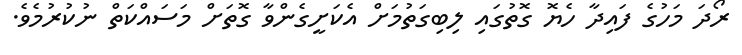
ރޯދަ މަހުގެ ފައިދާ ހެޔޮ ގޮތުގައި ލިބިގަތުމަށް އެކަށީގެންވާ ގޮތަށް މަސައްކަތް ނުކުރުމެވެ.